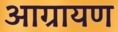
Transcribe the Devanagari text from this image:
आग्रायण